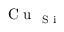
\mathrm { ~ C ~ u ~ } _ { \mathrm { ~ S ~ i ~ } }